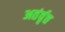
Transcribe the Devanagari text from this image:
अतंर्वृत्त